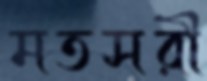
মতসরী